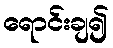
ရောင်းချ၍